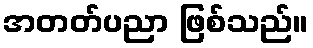
အတတ်ပညာ ဖြစ်သည်။